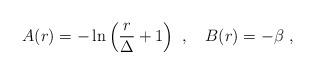
LaTeX: \begin{align*} A(r)=-\ln\left({r\over \Delta}+1\right)~,~~~ B(r)=-\beta~,\end{align*}